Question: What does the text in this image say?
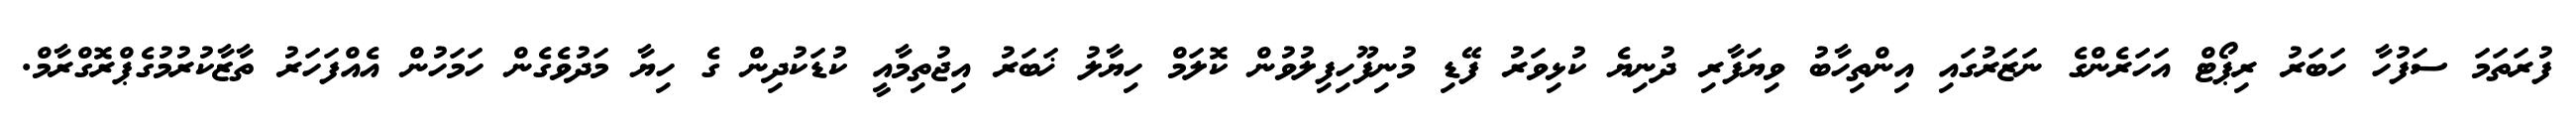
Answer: ފުރަތަމަ ސަފުހާ ހަބަރު ރިޕޯޓް އަހަރެންގެ ނަޒަރުގައި އިންތިހާބު ވިޔަފާރި ދުނިޔެ ކުޅިވަރު ފޭޑި މުނިފޫހިފިލުވުން ކޮލަމް ހިޔާލު ޚަބަރު އިޖުތިމާއީ ކުޑަކުދިން ގެ ހިޔާ މަދުވެގެން ހަމަހުން އެއްފަހަރު ތާޒާކުރުމުގެޕްރޮގްރާމް.